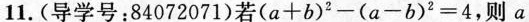
11.(导学号；84072071)若$$( a + b ) 2 - ( a - b ) 2 = 4$$，则a